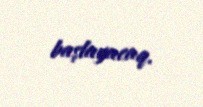
başlayacaq.